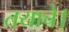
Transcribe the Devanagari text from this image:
तयाचे।